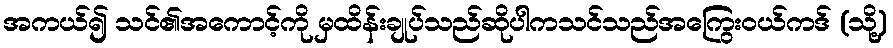
အကယ်၍ သင်၏အကောင့်ကို မှထိန်းချုပ်သည်ဆိုပါကသင်သည်အကြွေးဝယ်ကဒ် (သို့)